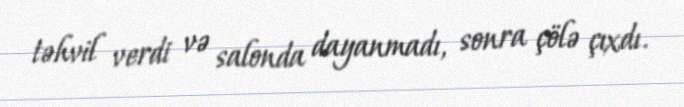
təhvil verdi və salonda dayanmadı, sonra çölə çıxdı.